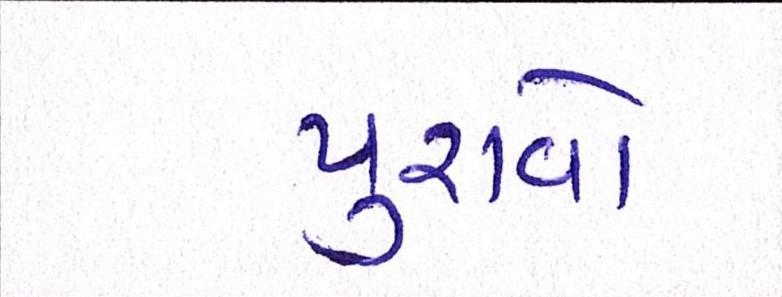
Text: પુરાવો